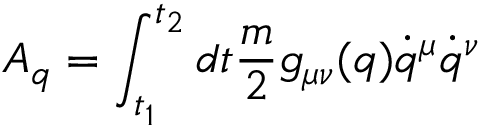
{ \cal A } _ { q } = \int _ { t _ { 1 } } ^ { t _ { 2 } } d t \frac { m } { 2 } g _ { \mu \nu } ( q ) \dot { q } ^ { \mu } \dot { q } ^ { \nu }